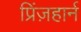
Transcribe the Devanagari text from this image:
प्रिंज़हार्न